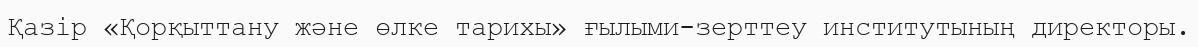
Қазір «Қорқыттану және өлке тарихы» ғылыми-зерттеу институтының директоры.